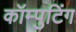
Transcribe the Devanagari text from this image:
कॉम्पुटिंग